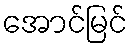
အောင်မြင်